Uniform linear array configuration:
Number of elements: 24
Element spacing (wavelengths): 0.75
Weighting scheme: hamming
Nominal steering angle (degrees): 0
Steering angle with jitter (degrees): -1.813
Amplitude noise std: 0.05
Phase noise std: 0.05

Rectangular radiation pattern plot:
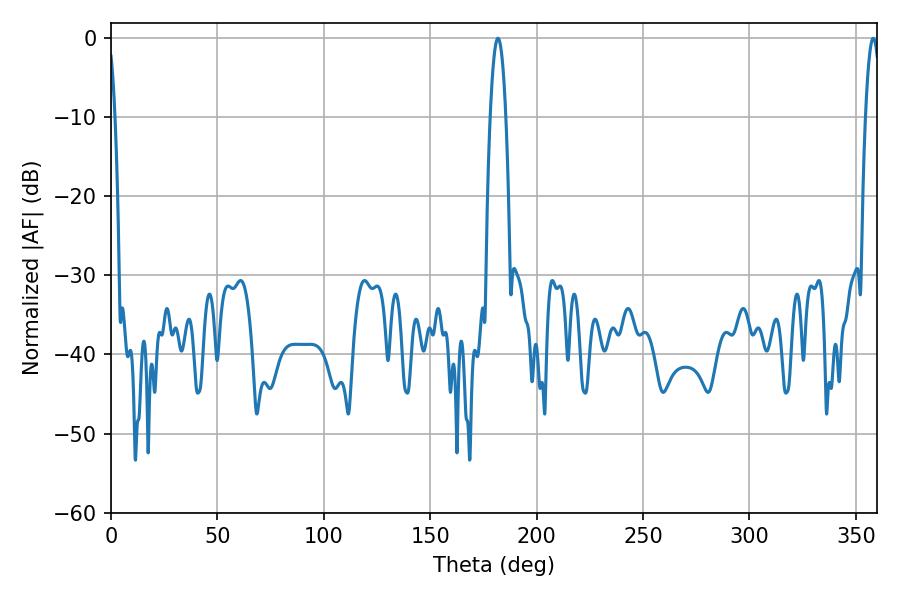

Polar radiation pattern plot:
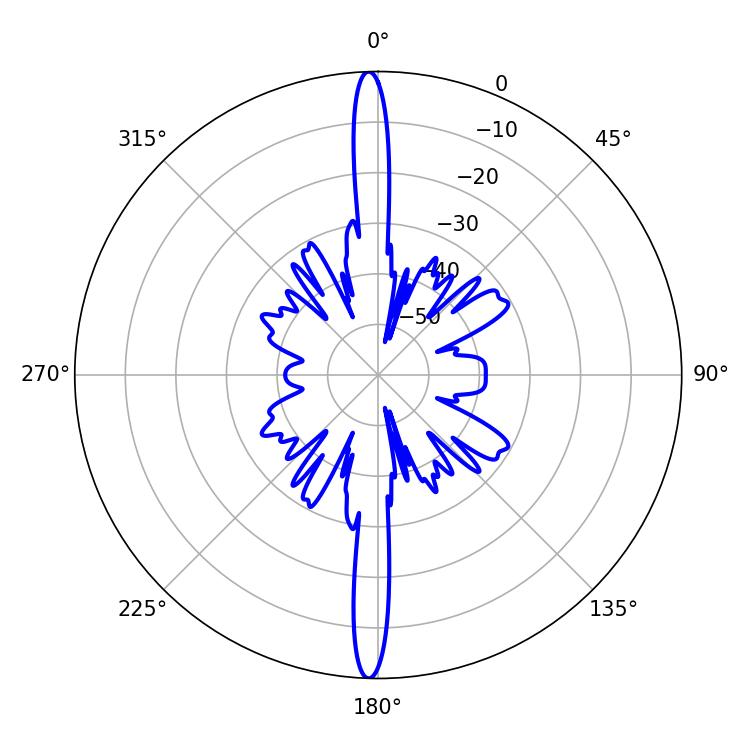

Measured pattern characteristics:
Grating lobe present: TRUE
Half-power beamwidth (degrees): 3.96
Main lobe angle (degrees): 181.8